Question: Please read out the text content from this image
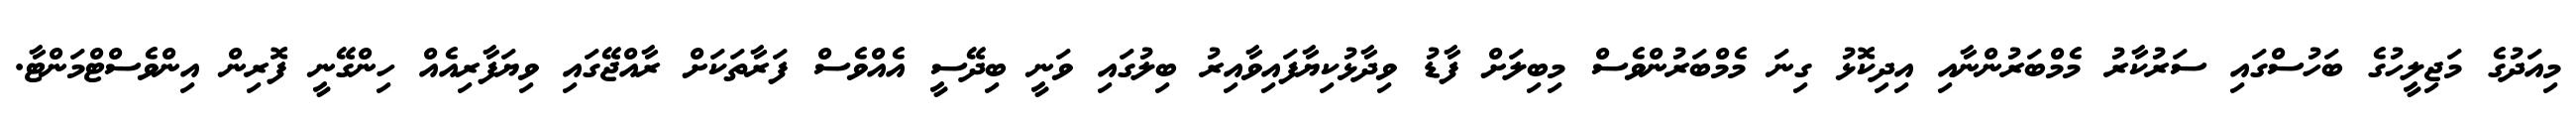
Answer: މިއަދުގެ މަޖިލީހުގެ ބަހުސްގައި ސަރުކާރު މެމްބަރުންނާއި އިދިކޮޅު ގިނަ މެމްބަރުންވެސް މިބިލަށް ފާޑު ވިދާޅުކިޔާފައިވާއިރު ބިލުގައި ވަނީ ބިދޭސީ އެއްވެސް ފަރާތަކަށް ރާއްޖޭގައި ވިޔަފާރިއެއް ހިންގޭނީ ފޮރިން އިންވެސްޓްމަންޓާ.